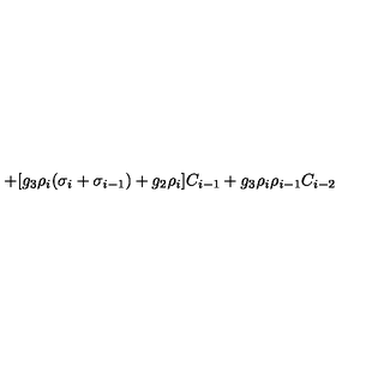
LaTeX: + [ g _ { 3 } \rho _ { i } ( \sigma _ { i } + \sigma _ { i - 1 } ) + g _ { 2 } \rho _ { i } ] C _ { i - 1 } + g _ { 3 } \rho _ { i } \rho _ { i - 1 } C _ { i - 2 }